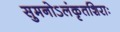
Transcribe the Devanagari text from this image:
सुमनोऽलंकृतशिराः